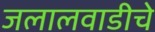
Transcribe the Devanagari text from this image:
जलालवाडीचे